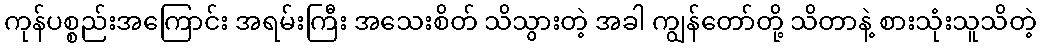
ကုန်ပစ္စည်းအကြောင်း အရမ်းကြီး အသေးစိတ် သိသွားတဲ့ အခါ ကျွန်တော်တို့ သိတာနဲ့ စားသုံးသူသိတဲ့